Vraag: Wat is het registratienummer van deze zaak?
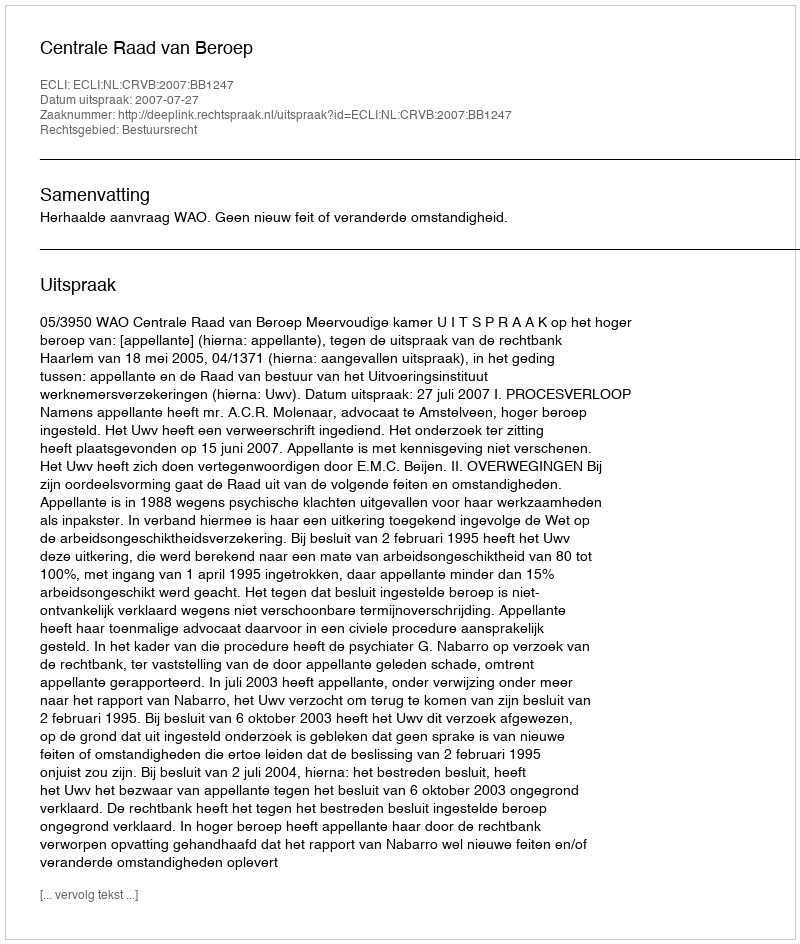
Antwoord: http://deeplink.rechtspraak.nl/uitspraak?id=ECLI:NL:CRVB:2007:BB1247